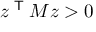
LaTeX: z ^ { \textsf { T } } M z > 0